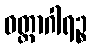
ဝတ္ထာဂါရဉ္စ